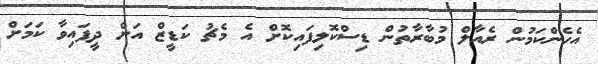
އެހެންކަމުން ރެއާލް މުބާރާތުން ޑިސްކޮލިފައިކޮށް އެ މެޗު ކަޑީޒް އަށް ދީފައިވާ ކަމަށް